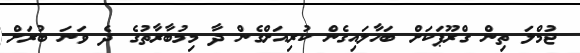
ޖުމްލަ ތިން ގްރޫޕަކަށް ބަހާލައިގެން ކުރިއަށްގެން ދާ މިމުބާރާތުގެ ދެ ވަނަ ބުރަށް